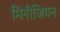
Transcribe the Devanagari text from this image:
मिनीजियन